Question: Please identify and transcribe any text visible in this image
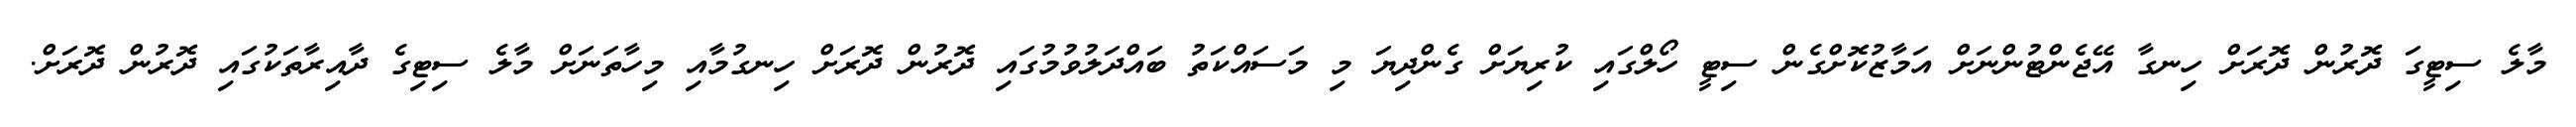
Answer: މާލެ ސިޓީގަ ދޮރުން ދޮރަށް ހިނގާ އޭޖެންޓުންނަށް އަމާޒުކޮށްގެން ސިޓީ ހޯލްގައި ކުރިޔަށް ގެންދިޔަ މި މަސައްކަތު ބައްދަލުވުމުގައި ދޮރުން ދޮރަށް ހިނގުމާއި މިހާތަނަށް މާލެ ސިޓިގެ ދާއިރާތަކުގައި ދޮރުން ދޮރަށް.